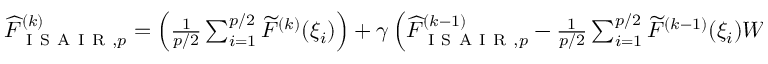
\begin{array} { r } { \widehat { F } _ { \mathrm { ~ I ~ S ~ A ~ I ~ R ~ } , p } ^ { ( k ) } = \left( \frac { 1 } { p / 2 } \sum _ { i = 1 } ^ { p / 2 } \widetilde { F } ^ { ( k ) } ( \xi _ { i } ) \right) + \gamma \left( \widehat { F } _ { \mathrm { ~ I ~ S ~ A ~ I ~ R ~ } , p } ^ { ( k - 1 ) } - \frac { 1 } { p / 2 } \sum _ { i = 1 } ^ { p / 2 } \widetilde { F } ^ { ( k - 1 ) } ( \xi _ { i } ) W _ { k } ( \xi _ { i } ) \right) \, , } \end{array}